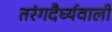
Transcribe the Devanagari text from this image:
तरंगदैर्घ्यवाली